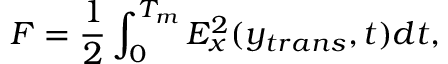
F = \frac { 1 } { 2 } \int _ { 0 } ^ { T _ { m } } E _ { x } ^ { 2 } ( y _ { t r a n s } , t ) d t ,